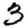
Digit: 3